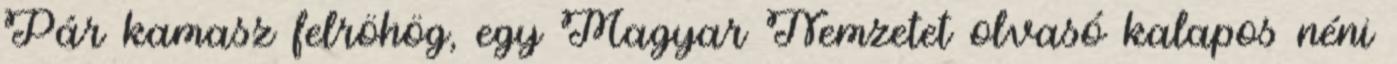
Pár kamasz felröhög, egy Magyar Nemzetet olvasó kalapos néni